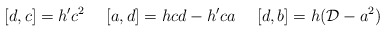
\begin{align*}[d,c]=h'c^2 \ \ \ \ [a,d]=hcd-h'ca \ \ \ \ [d,b]=h({\cal D} -a^2)\end{align*}